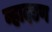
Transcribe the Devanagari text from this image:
व्हादडण